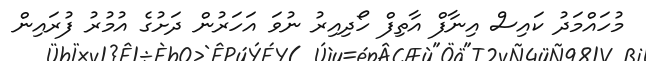
މުހައްމަދު ކައިސް އިނާފް އާތިފް ހޯދިއިރު ނުވަ އަހަރުން ދަށުގެ އުމުރު ފުރައިން